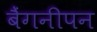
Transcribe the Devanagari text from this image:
बैंगनीपन